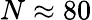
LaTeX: N\approx 80